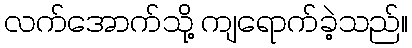
လက်အောက်သို့ ကျရောက်ခဲ့သည်။